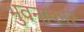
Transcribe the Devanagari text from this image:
भुवनाकारं